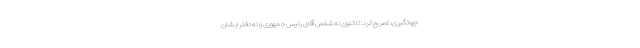
جهانگیری، تصریح کرد: تا کنون نه شخص آقای رئیس جمهوری و نه دفتر ایشان